Document type: Recognition
Year: 1437
Scribe: Pere Ponçgem
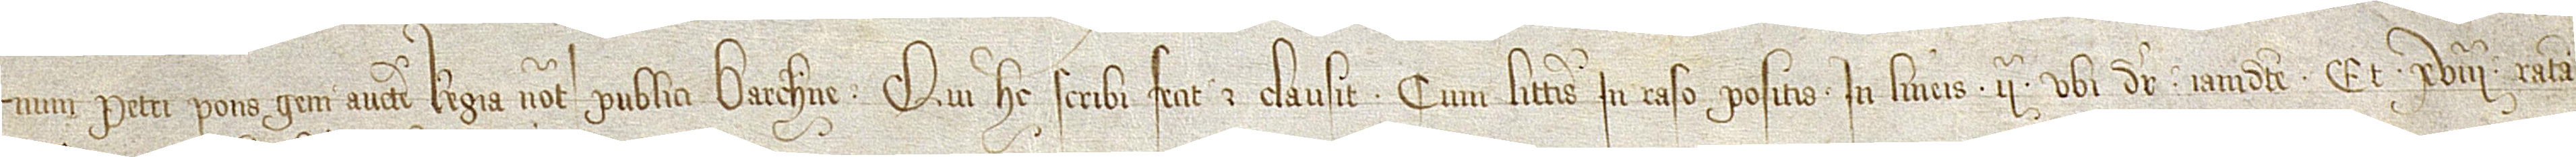
num Petri Ponsgem, auctoritate regia notarii publici Barchinone, qui hec scribi fecit et clausit cum litteris in raso positis in lineis IIª, ubi dicitur “iamdicte”, et XVIIIª, “ratam,